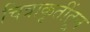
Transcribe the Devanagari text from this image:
चित्राकृतींतून